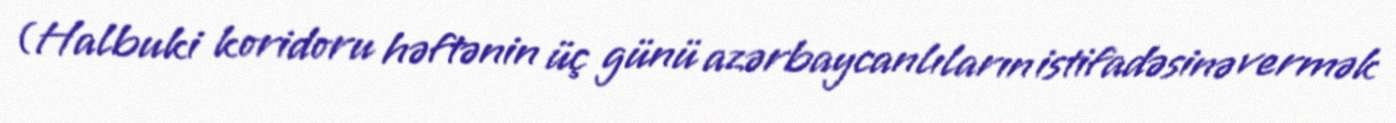
(Halbuki koridoru həftənin üç günü azərbaycanlıların istifadəsinə vermək